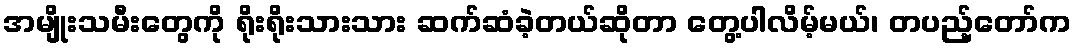
အမျိုးသမီးတွေကို ရိုးရိုးသားသား ဆက်ဆံခဲ့တယ်ဆိုတာ တွေ့ပါလိမ့်မယ်၊ တပည့်တော်က